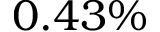
0 . 4 3 \%